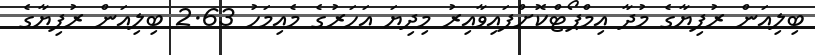
ބިލިއަން ރުފިޔާގެ މުދާ އިމްޕޯޓްކޮށްފައިވާއިރު މިދިޔަ އަހަރުގެ މެއިމަހު 2.63 ބިލިއަން ރުފިޔާގެ